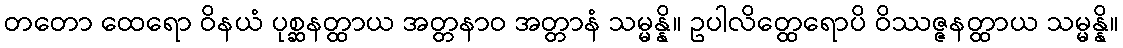
တတော ထေရော ဝိနယံ ပုစ္ဆနတ္ထာယ အတ္တနာဝ အတ္တာနံ သမ္မန္နိ။ ဥပါလိတ္ထေရောပိ ဝိဿဇ္ဇနတ္ထာယ သမ္မန္နိ။